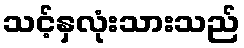
သင့်နှလုံးသားသည်